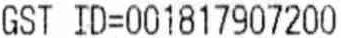
GST ID=001817907200